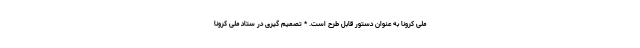
ملی کرونا به عنوان دستور قابل طرح است. * تصمیم گیری در ستاد ملی کرونا